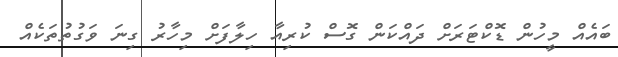
ބައެއް މީހުން ޑޮކްޓަރަށް ދައްކަން ގޮސް ކުރިއާ ހިލާފަށް މިހާރު ގިނަ ވަގުތުތަކެއް